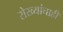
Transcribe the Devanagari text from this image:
रोख्यांचाही